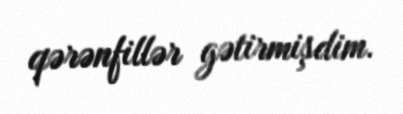
qərənfillər gətirmişdim.